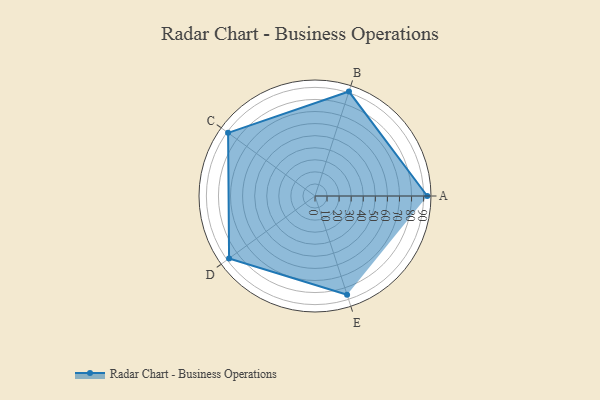
{"axis": {"x": "Skill", "y": "Score"}, "legend": ["Profile"], "data": [{"x": "A", "y": 93.0, "type": "Profile"}, {"x": "B", "y": 91.0, "type": "Profile"}, {"x": "C", "y": 89.0, "type": "Profile"}, {"x": "D", "y": 88.0, "type": "Profile"}, {"x": "E", "y": 86.0, "type": "Profile"}]}